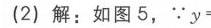
(2) 解：如图5，$\because y =$